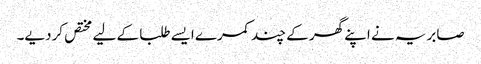
صابریہ نے اپنے گھر کے چند کمرے ایسے طلبا کے لیے مختص کردیے۔